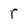
Character: r